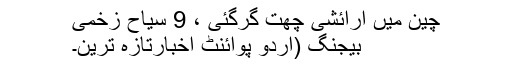
چین میں آرائشی چھت گرگئی ،ْ 9 سیاح زخمی
بیجنگ (اُردو پوائنٹ اخبارتازہ ترین۔